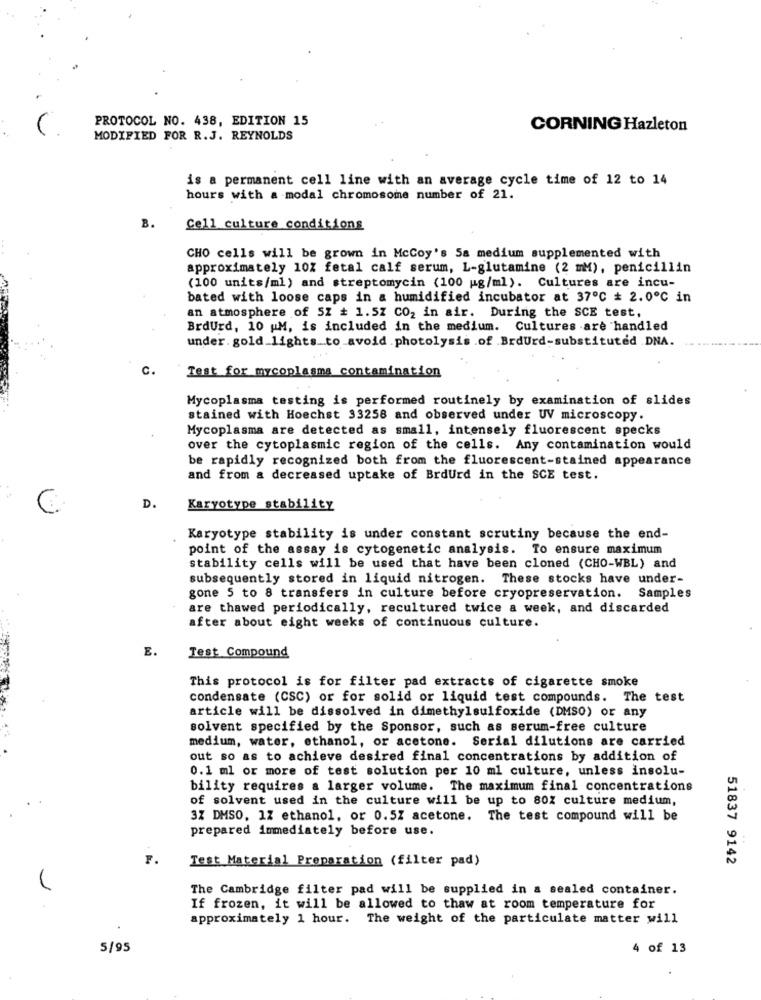
PROTOCOL NO. 438, EDITION 15
CORNING Hazleton
MODIFIED FOR R.J. REYNOLDS
is a permanent cell line with an average cycle time of 12 to 14
hours with a modal chromosome number of 21.
B.
Cell culture conditions
CHO cells will be grown in McCoy's 5a medium supplemented with
approximately 10Z fetal calf serum, L-glutamine (2 mM), penicillin
(100 units/ml) and streptomycin (100 ug/ml). Cultures are incu-
bated with loose caps in a humidified incubator at 37º℃ # 2.0℃ in
an atmosphere of SZ # 1.57 CO2 in air. During the SCE test,
BrdUrd, 10 M, is included in the medium. Cultures are handled
under. gold_lights_to_avoid .photolysis .of BrdUrd-substituted .DNA.
C.
Test for mycoplasma contamination
Mycoplasma testing is performed routinely by examination of slides
stained with Hoechst 33258 and observed under UV microscopy.
Mycoplasma are detected as small, intensely fluorescent specks
over the cytoplasmic region of the cells. Any contamination would
be rapidly recognized both from the fluorescent-stained appearance
and from & decreased uptake of BrdUrd in the SCE test.
D.
Karyotype stability
Karyotype stability is under constant scrutiny because the end-
point of the assay is cytogenetic analysis. To ensure maximum
stability cells will be used that have been cloned (CHO-WBL) and
subsequently stored in liquid nitrogen. These stocks have under-
gone 5 to 8 transfers in culture before cryopreservation. Samples
are thawed periodically, recultured twice a week, and discarded
after about eight weeks of continuous culture.
E.
Test Compound
This protocol is for filter pad extracts of cigarette smoke
condensate (CSC) or for solid or liquid test compounds. The test
article will be dissolved in dimethylsulfoxide (DMSO) or any
solvent specified by the Sponsor, such as serum-free culture
medium, water, ethanol, or acetone. Serial dilutions are carried
out so as to achieve desired final concentrations by addition of
0.1 ml or more of test solution per 10 ml culture, unless insolu-
bility requires a larger volume. The maximum final concentrations
of solvent used in the culture will be up to 80% culture medium,
3Z DMSO, 17 ethanol, or 0.57 acetone. The test compound will be
prepared immediately before use.
F.
Test Material Preparation (filter pad)
51837 9142
The Cambridge filter pad will be supplied in a sealed container.
If frozen, it will be allowed to thaw at room temperature for
approximately 1 hour. The weight of the particulate matter will
5/95
4 of 13